Calcutta medical institutions reports 1871-78
Year: 1871
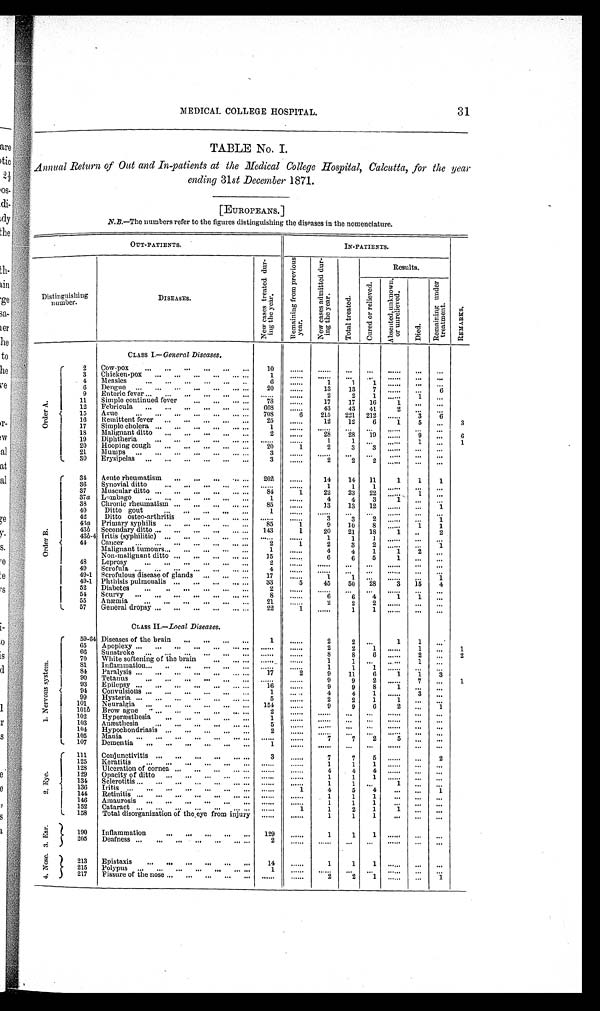
31
MEDICAL COLLEGE HOSPITAL.
TABLE No. I.
Annual Return of Out and In-patients at the Medical College Hospital, Calcutta, for the year
ending 31 st December 1871.
[EUROPEANS.]
N.B.—The numbers refer to the figures distinguishing the diseases in the nomenclature.
OUT-PATIENTS.
IN-PATIENTS.
R E M A R K S .
Distinguishin g
number.
DISEASES.
N e w c a s e s t r e a t e d d u r -
i n g t h e y e a r .
R e m a i n i n g f r o m p r e v i o u s
y e a r .
N e w c a s e s a d m i t t e d d u r -
i n g t h e y e a r .
T o t a l t r e a t e d .
Results.
C u r e d o r r e l i e v e d .
A b s e n t e d , u n k n o w n ,
o r u n r e l i e v e d .
D i e d .
R e m a i n i n g u n d e r
t r e a t m e n t .
CLASS I.— General Diseases.
O r d e r A .
2
Cow-pox
. . . ...
...
. . . ...
...
10
. . . . . .
. . . . . . ...
...
......
...
...
3
Chicken-pox
. . .
. . . ...
...
... ...
1
. . . . . .
. . . . . . ...
. . . ......
...
...
4
Measles
...
...
...
...
...
..
6
......
1
1
1 ......
...
...
6
Dengue ...
...
...
. . .
. . . ... ...
20
......
13
13
7
......
. . .
6
9
Enteric fever ...
. . . ...
...
...
. . .
. . . . . .
. . . . . .
2
2
1 ......
1
. . .
11
Simple continued fever
..
...
... ...
78
......
17
17
16
1
. . .
. . .
12
Febricula
...
...
...
...
...
...
668
......
43
43
41
2
. . .
. . .
15
Ague
. . .
. . .
. . .
. . .
. . . ... ...
7 0 8
6
215
221 212
. . . . . .
3
6
16
Remittent fever ...
...
...
...
...
25
......
12
12
6
1
5
...
3
17
Simple cholera ...
...
...
...
... ...
1
. . . . . .
. . . . . .
. . .
. . .
. . . . . . ...
. . .
18
Malignant ditto
...
...
...
...
...
2
......
28
28
19 ......
9
. . .
6
19
Diphtheria
...
. . .
...
...
. . . . . .
. . . . . .
1
1
. . .
......
1
...
1
20
Hooping cough
...
...
...
...
...
20
1
2
3
3 ......
...
...
21
Mumps ...
...
...
...
...
... ...
3
. . . . . .
. . . . . . ...
...
. . . . . .
...
...
3 0
Erysipelas ...
...
...
...
...
...
3
......
2
2
2
......
. . .
...
O r d e r B .
34
Acute rheumatism
...
...
... ... ...
202
......
14
14
11
1
1
1
36
Synovial ditto
. . .
. . .
. . .
. . .
. . .
. . . . . .
. . . . . .
1
1
1 ......
...
...
37
Muscular ditto ...
...
...
...
... ...
8 4
1
22
23
22 .......
1
...
37a Lumbago ...
...
...
...
...
...
1
......
4
4
3
1
. . .
. . .
38
Chronic rheumatism ...
...
...
... ...
85
......
13
13
12 ......
...
1
40
Ditto gout
. . .
. . .
. . .
. . .
. . .
1
. . . . . .
. . . . . . ...
. . .
......
...
...
42
Ditto Osteo-arthritis
...
...
...
. . .
. . . . . .
. . . . . .
3
3
2
......
...
1
43a Primary syphilis ...
...
...
...
...
85
1
9
10
8 ......
1
1
43 b
Secondary ditto ...
...
...
...
... ...
143
1
20
21
18
1
..
2
43b-4 Iritis (syphilitic) ...
...
...
...
. . .
. . . . . .
. . . . . .
1
1
1 ......
...
. . .
44
Cancer ...
...
...
...
...
... ...
2
1
2
3
2
......
. . .
1
Malignant tumours . . . ...
...
...
...
1
......
4
4
1
1
2
. . .
Non-malignant ditto ...
...
. . . ... ...
15
......
6
6
5
1
...
...
48
Leprosy
. . . ...
...
...
...
...
2
. . . . . .
. . . . . .
. . .
. . .
. . . . . .
. . .
. . .
49
Scrofula ...
...
...
...
...
... ...
4
. . . . . .
. . . . . .
. . .
. . .
. . . . . .
. . .
. . .
49-1 Scrofulous disease of glands ...
...
...
17
. . . . . .
1
1 ...
......
...
1
49-1 Phthisis pulmonalis ...
...
...
... ...
33
5
45
50
28
3
15
4
52
Diabetes
...
..
...
...
...
...
2
. . . . . .
. . . . . .
. . .
. . .
. . . . . . ...
...
54
Scurvy ...
...
...
...
...
... ...
8
......
6
6
4
1
1
...
55
Anæmia
...
...
...
...
...
...
21
......
2
2
2
......
...
...
57
General dropsy ...
...
...
...
... ...
22
1
......
1
1 ......
...
...
CLASS II.—Local Diseases.
1 . N e r v o u s S y s t e m .
59-64 Diseases of the brain
...
...
...
...
1
......
2
2
. . .
1
1
...
65
Apoplexy ...
...
...
...
...
...
. . .
. . . . . .
. . . . . .
2
2
1 ......
1
...
1
66
Sunstroke ...
...
...
...
...
. . .
. . . . . .
. . . . . .
8
8
6 ......
2
...
2
70
White softening of the brain
. . .
.. ...
. . . . . .
. . . . . .
1
. . .
. . . . . .
1
...
81
Inflammation . . . ..
...
...
...
. . .
. . . . . .
. . . . . .
1
1
1 ......
. . .
. . .
84
Paralysis ...
...
...
...
...
... ...
17
2
9
11
6
1
1
3
90
Tetanus
. . .
. . .
. . .
...
. . .
. . .
. . . . . .
. . . . . .
9
9
2 ......
7
. . .
1
93
Epilepsy ...
...
...
...
. . . ... ...
16
......
9
9
8
1
. . .
...
94
Convulsions ...
...
...
...
...
...
1
. . . . . .
4
4
1 ......
3
...
99
Hysteria ...
...
...
...
...
... ...
5
......
2
2
1
1
...
...
101
Neuralgia ...
...
...
...
...
...
1 5 4
......
9
9
6
2
...
1
101b Brow ague
...
...
...
...
... ...
2
. . . . . .
. . . . . . ...
. . . ......
. . . ...
102
Hyperæsthesia
...
. . .
. . .
. . .
. . .
1
. . . . . .
. . . . . .
. . . ...
......
...
...
103
Anæsthesia
...
...
...
...
...
5
. . . . . .
......
...
...
......
. . .
...
104
H y p o c h o n d r i a s i s ...
...
...
...
...
2
. . . . . .
. . . . . .
. . . ...
......
...
...
105
Mania
...
...
...
...
..
... . . .
. . . . . .
. . . . . .
7
7
2
5
. . .
...
1 0 7
Dementia
...
...
...
...
...
...
1
. . . . . .
. . . . . . ...
...
......
. . .
...
2 . E y e .
111
Conjunctivitis ...
...
...
...
... ...
3
......
7
7
5 ......
...
2
125
Keratitis
...
...
...
...
...
. . .
. . . . . .
. . . . . .
1
1
1
. . . . . .
...
...
128
Ulceration of cornea ...
...
. . . ...
. . .
. . . . . .
. . . . . .
4
4
4 ......
...
...
129
Opacity of ditto ...
. . .
. . .
...
. . .
. . . . . .
. . . . . .
1
1
1
. . . . . .
. . . ...
134
Sclerotitis ...
...
...
...
... ...
. . .
. . . . . .
. . . . . .
1
1 ...
1
...
...
136
Iritis ...
...
...
...
...
...
... ......
1
4
5
4
. . .
. . .
1
144
Retinitis ...
...
...
...
... ...
. . .
. . . . . .
. . . . . .
1
1
1
. . .
. . .
. . .
146 Amaurosis
...
...
...
...
...
. . .
. . . . . .
. . . . . .
1
1
1
. . . ...
...
1 5 2
Cataract ...
...
...
...
...
... ... ......
1
1
2
1
1 ...
...
158
Total disorganization of the eye from injur
y
. . . . . .
. . . . . .
1
1
1
...
...
...
3 . E a r . 190
Inflammation
. . .
. . .
. . .
. . .
. . .
1 2 9
......
1
1
1 ......
. . .
...
205
Deafness ...
......
...
...
. . . ...
2
. . . . . .
. . . . . . ...
...
......
...
...
4 . N o s e .
213
Epistaxis
...
...
...
...
...
...
14
......
1
1
1 ......
...
...
215
Polypus ...
...
...
...
...
... ...
1
. . . . . .
. . . . . .
. . . ...
. . . . . .
...
...
217
Fissure of the nose . . .
. . .
. . .
. . .
. . .
. . . . . .
. . . . . .
2
2
1 ......
. . . 1